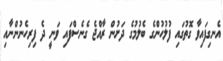
އެނގިފައިވާ ގޮތުގައި ފުލުހުންގެ ބެލުމުގެ ދަށުން ރާއްޖެ ގެނެސްފައި ވަނީ ދެ ފިރިހެނުންނާއި